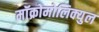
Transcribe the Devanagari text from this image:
मॉक्रोमोलिक्युल